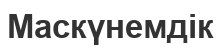
Маскүнемдік